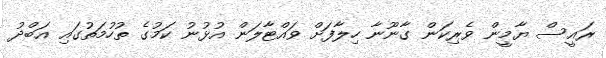
ރައީސް ޔާމީން ވެރިކަން ގާނޫނާ ހިލާފަށް ވައްޓާލަން އުޅުނު ކަމުގެ ތުހުމަތުގައި އަބްދު